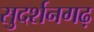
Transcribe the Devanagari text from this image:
सुदर्शनगढ़